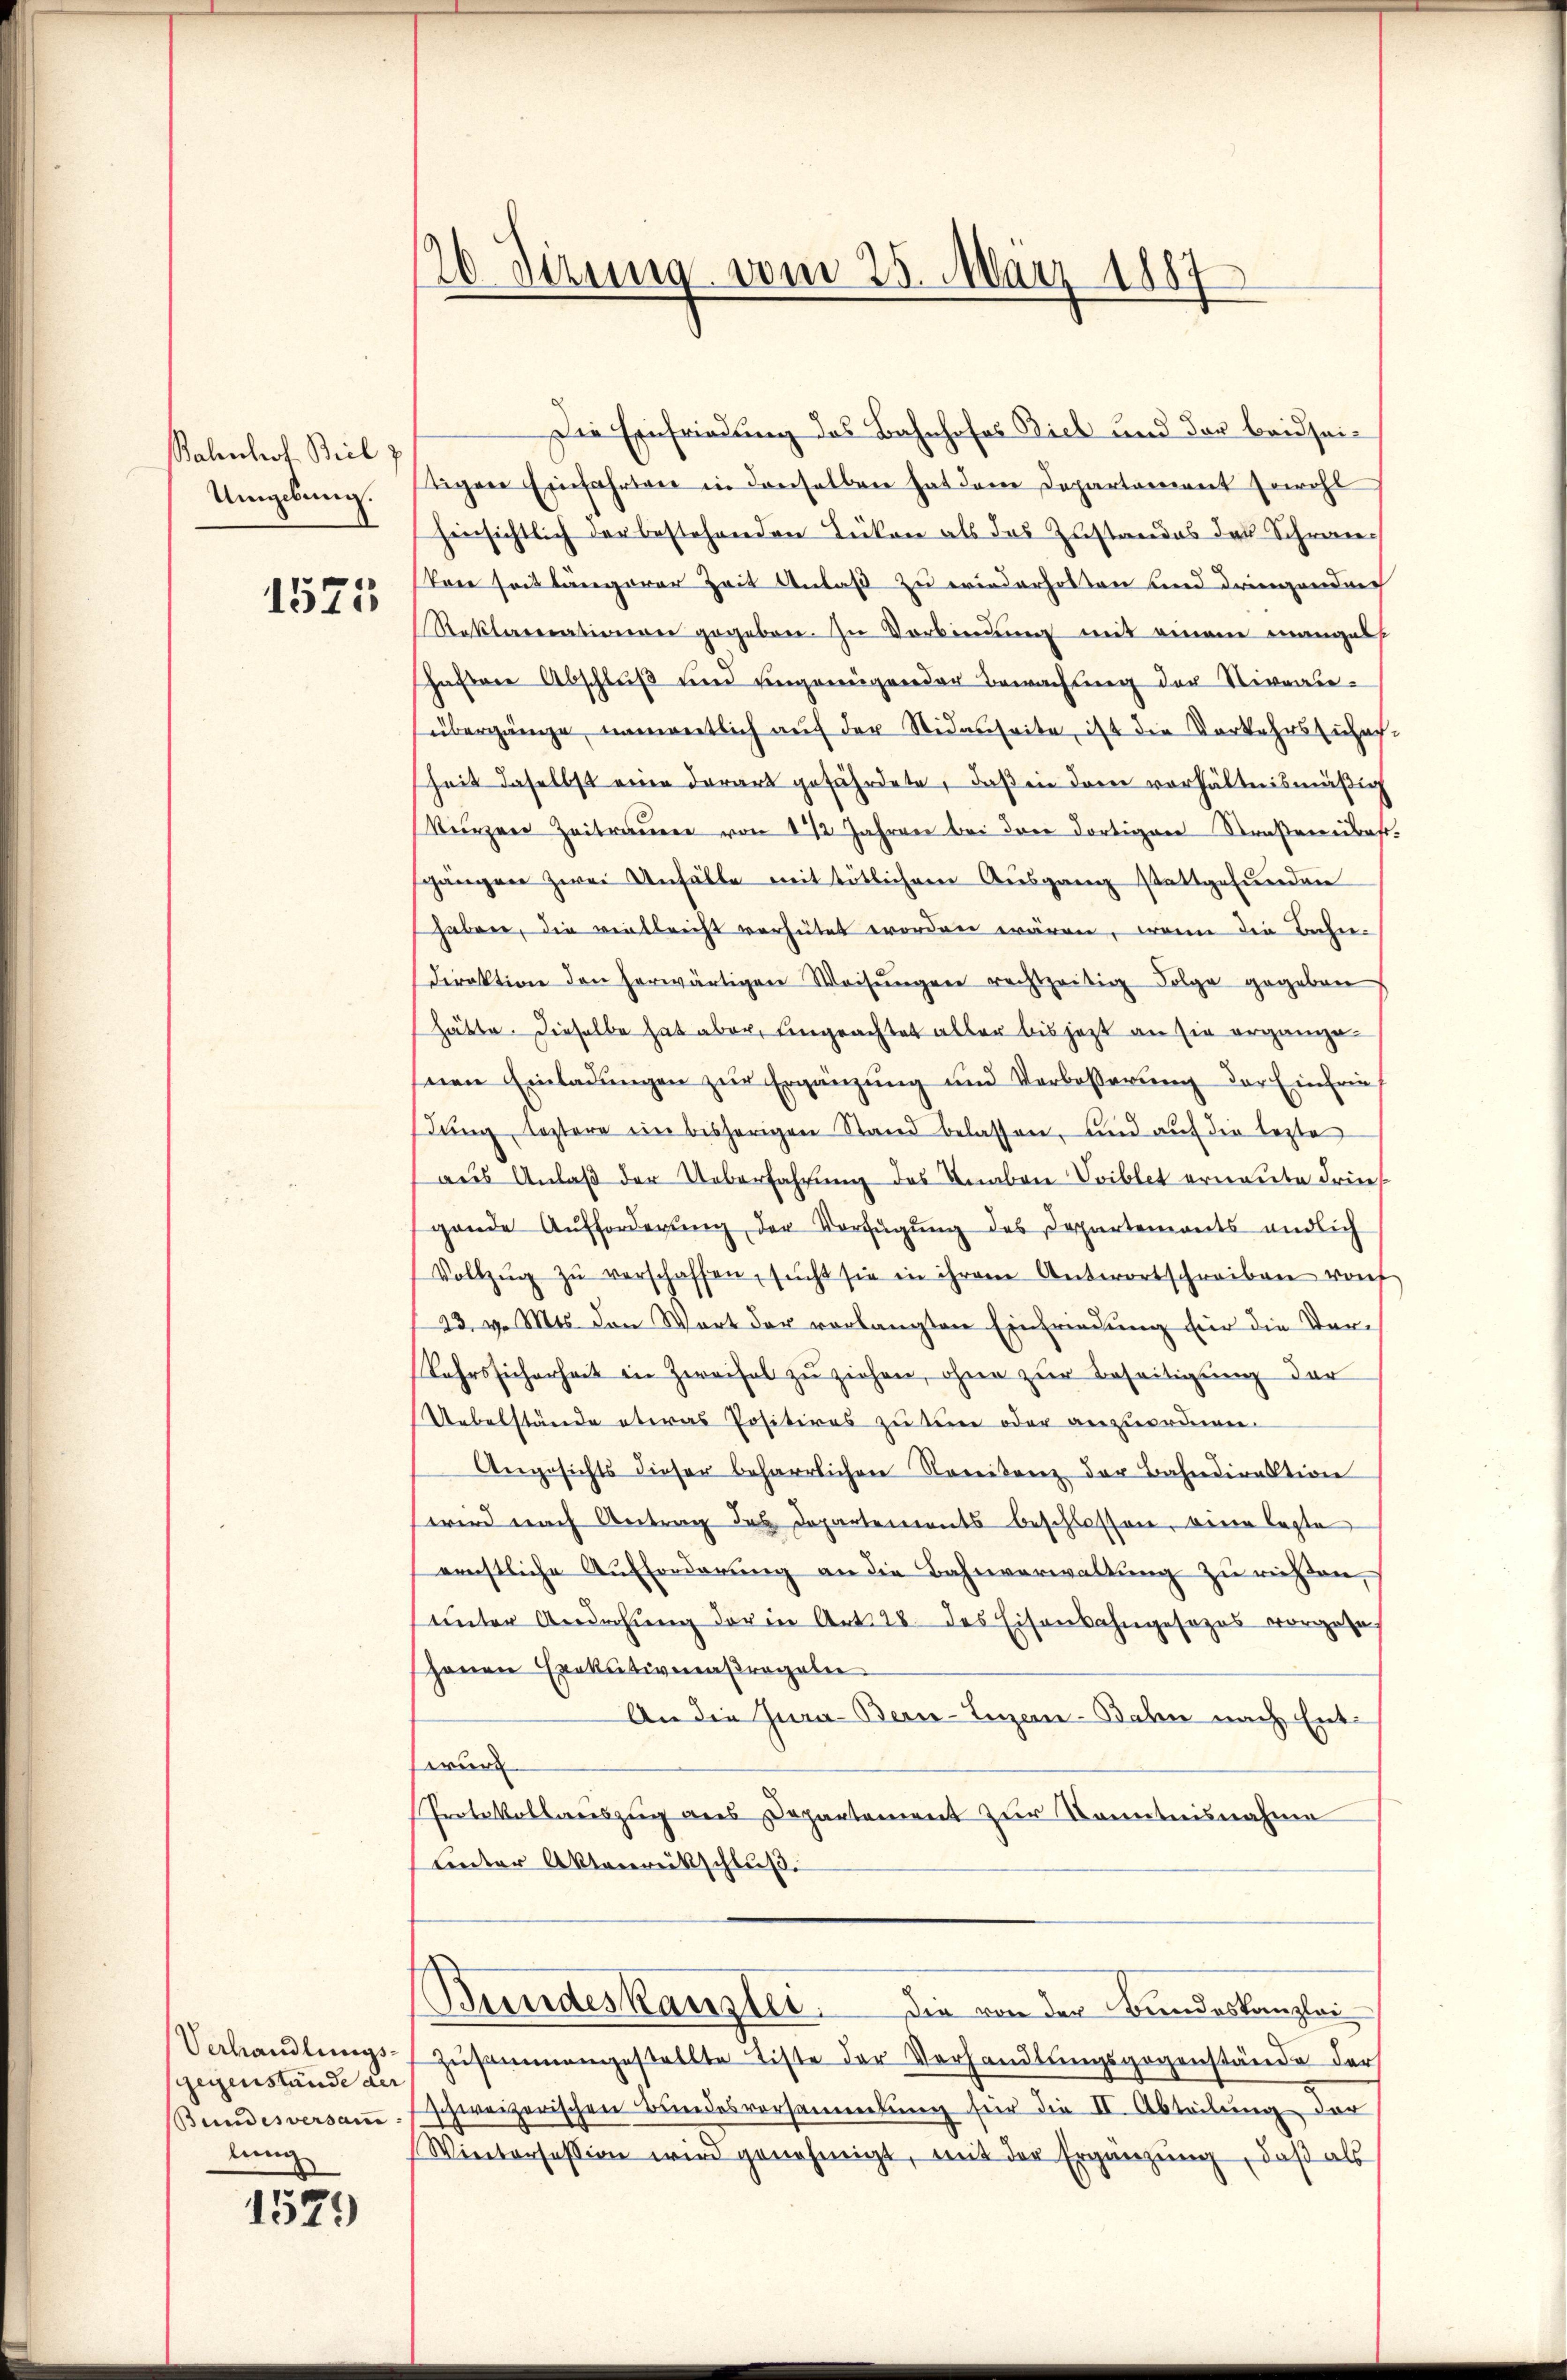
Bahnhof Beil
Umgebung.

1525

Verhandlungsgegenstände der
Bundesversam
lung

1579

20 Dezung vom 25. März 1887

Die Einfriedung des Bahnhofes Biel und der beidseitigen Einfahrten in denselben hat dem Departament sowohl
hinsichtlich der bestehenden Tücken als das Zustandes des Schreie
kon seit längerer Zeit Anlaß zu wiederholten und dringendrech
Reklarationen gegeben. Zu Vorbindung mit einem manges
schaften Abschluß und eingenügender Bewachung der Niveauübergänge, namentlich auf der Sidenseite, ist die Vorkehrsschaf
heit daselbst eine derart gefährdete, daß in den verhältnismäßig
Kürzer Zeitraŭer von 1 1/2 Jahren bei der dortigen Straßerkraft.
gängen zwei Unfälle mit tötlichem Ausgang stattgefunden
haben, die vielleicht verhütet worden wären, wenn die Bahn-
Direktion den herwärtigen Weisŭngen rechtzeitig Folge gegeben
hätte. Dieselbe hat aber, eingeachtet aller bis jetzt an sie organgesnen Einladungen zur Ergänzung und Verbesserung der Einfrie
dung, leztere ein bisherigen Stand belassen, und auf die lezte
aus Anlaβ der Ueberfahrung des Knaben Voiblet ernannte Friegende Aufforderŭng der Verfügŭng des Departemonts endlich
Vollzŭg zŭ verschaffen, sŭcht sie in ihrem Antwortschreiben rof
23. v. Mts. den Wort der vorlangten Einfriedung für die Ver-
Jahrssicherheit in Zweifel zu ziehen, ohne zur Beseitigung der
Uebelstände etwas Positires zu dem oder anzuordnen.
Angesichts dieser beharrlichen Noreitenz der Bahndirektion
wird nach Antrag des Departements beschlossen, beren legte
ernstliche Aufforderŭng an die Bahnverwaltŭng zu richten,
unter Androhung der in Art. 28 des Eisenbahngesezes vorgehe
henen Exekutivenaßregeler
An die Jura- Berne-Luzern-Bahn nach Entwurd
Protokollauszug aus Departement zur Kenntnisnahme
unter Aktenrückschluß.
Bundeskanzlei. Die von der Bundeskanzlei
zusammengestellte Liste der Verhandlungsgegenstände der
schweizerischen Bundesvorsammlung für die II. Abteilung der
Wietorsession wird genehmigt, mit der Ergänzung, daß als